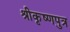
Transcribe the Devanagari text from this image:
श्रीकृष्णपुत्र